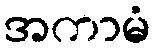
အကာမံ